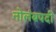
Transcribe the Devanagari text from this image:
नोलंबपदी